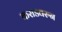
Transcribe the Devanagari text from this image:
कराडवरुन